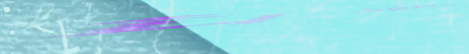
محل بيع الزهور والورود بأ